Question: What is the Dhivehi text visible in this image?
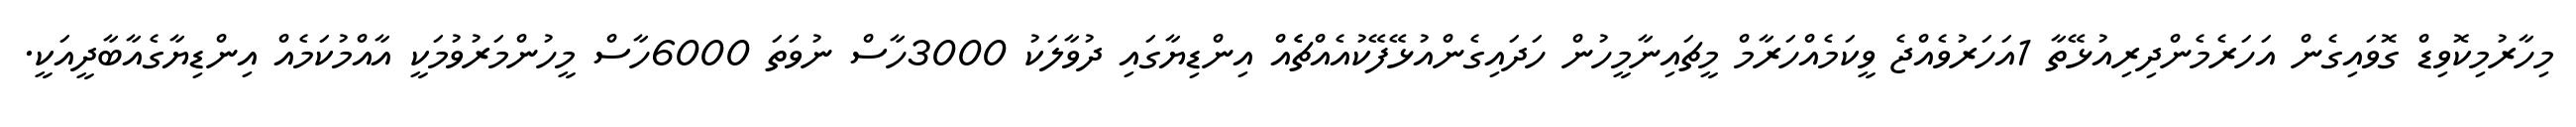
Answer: މިހާރުމިކޮވިޑް ގޮވައިގެން އަހަރެމެންދިރިއުޅޭތާ 1އަހަރުވެއްޖެ ވީކަމެއްހަރާމް މީޗައިނާމީހުން ހަދައިގެންއުޅޭފޭކުއެއްޗެެއް އިންޑިޔާގައި ދުވާލަކު 3000ހާސް ނުވަތަ 6000ހާސް މީހުންމަރުވުމަކީ އާއްމުކަމެއް އިންޑިޔާގެއާބާދީއަކީ.